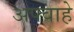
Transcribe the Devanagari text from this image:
अफ्वाहे